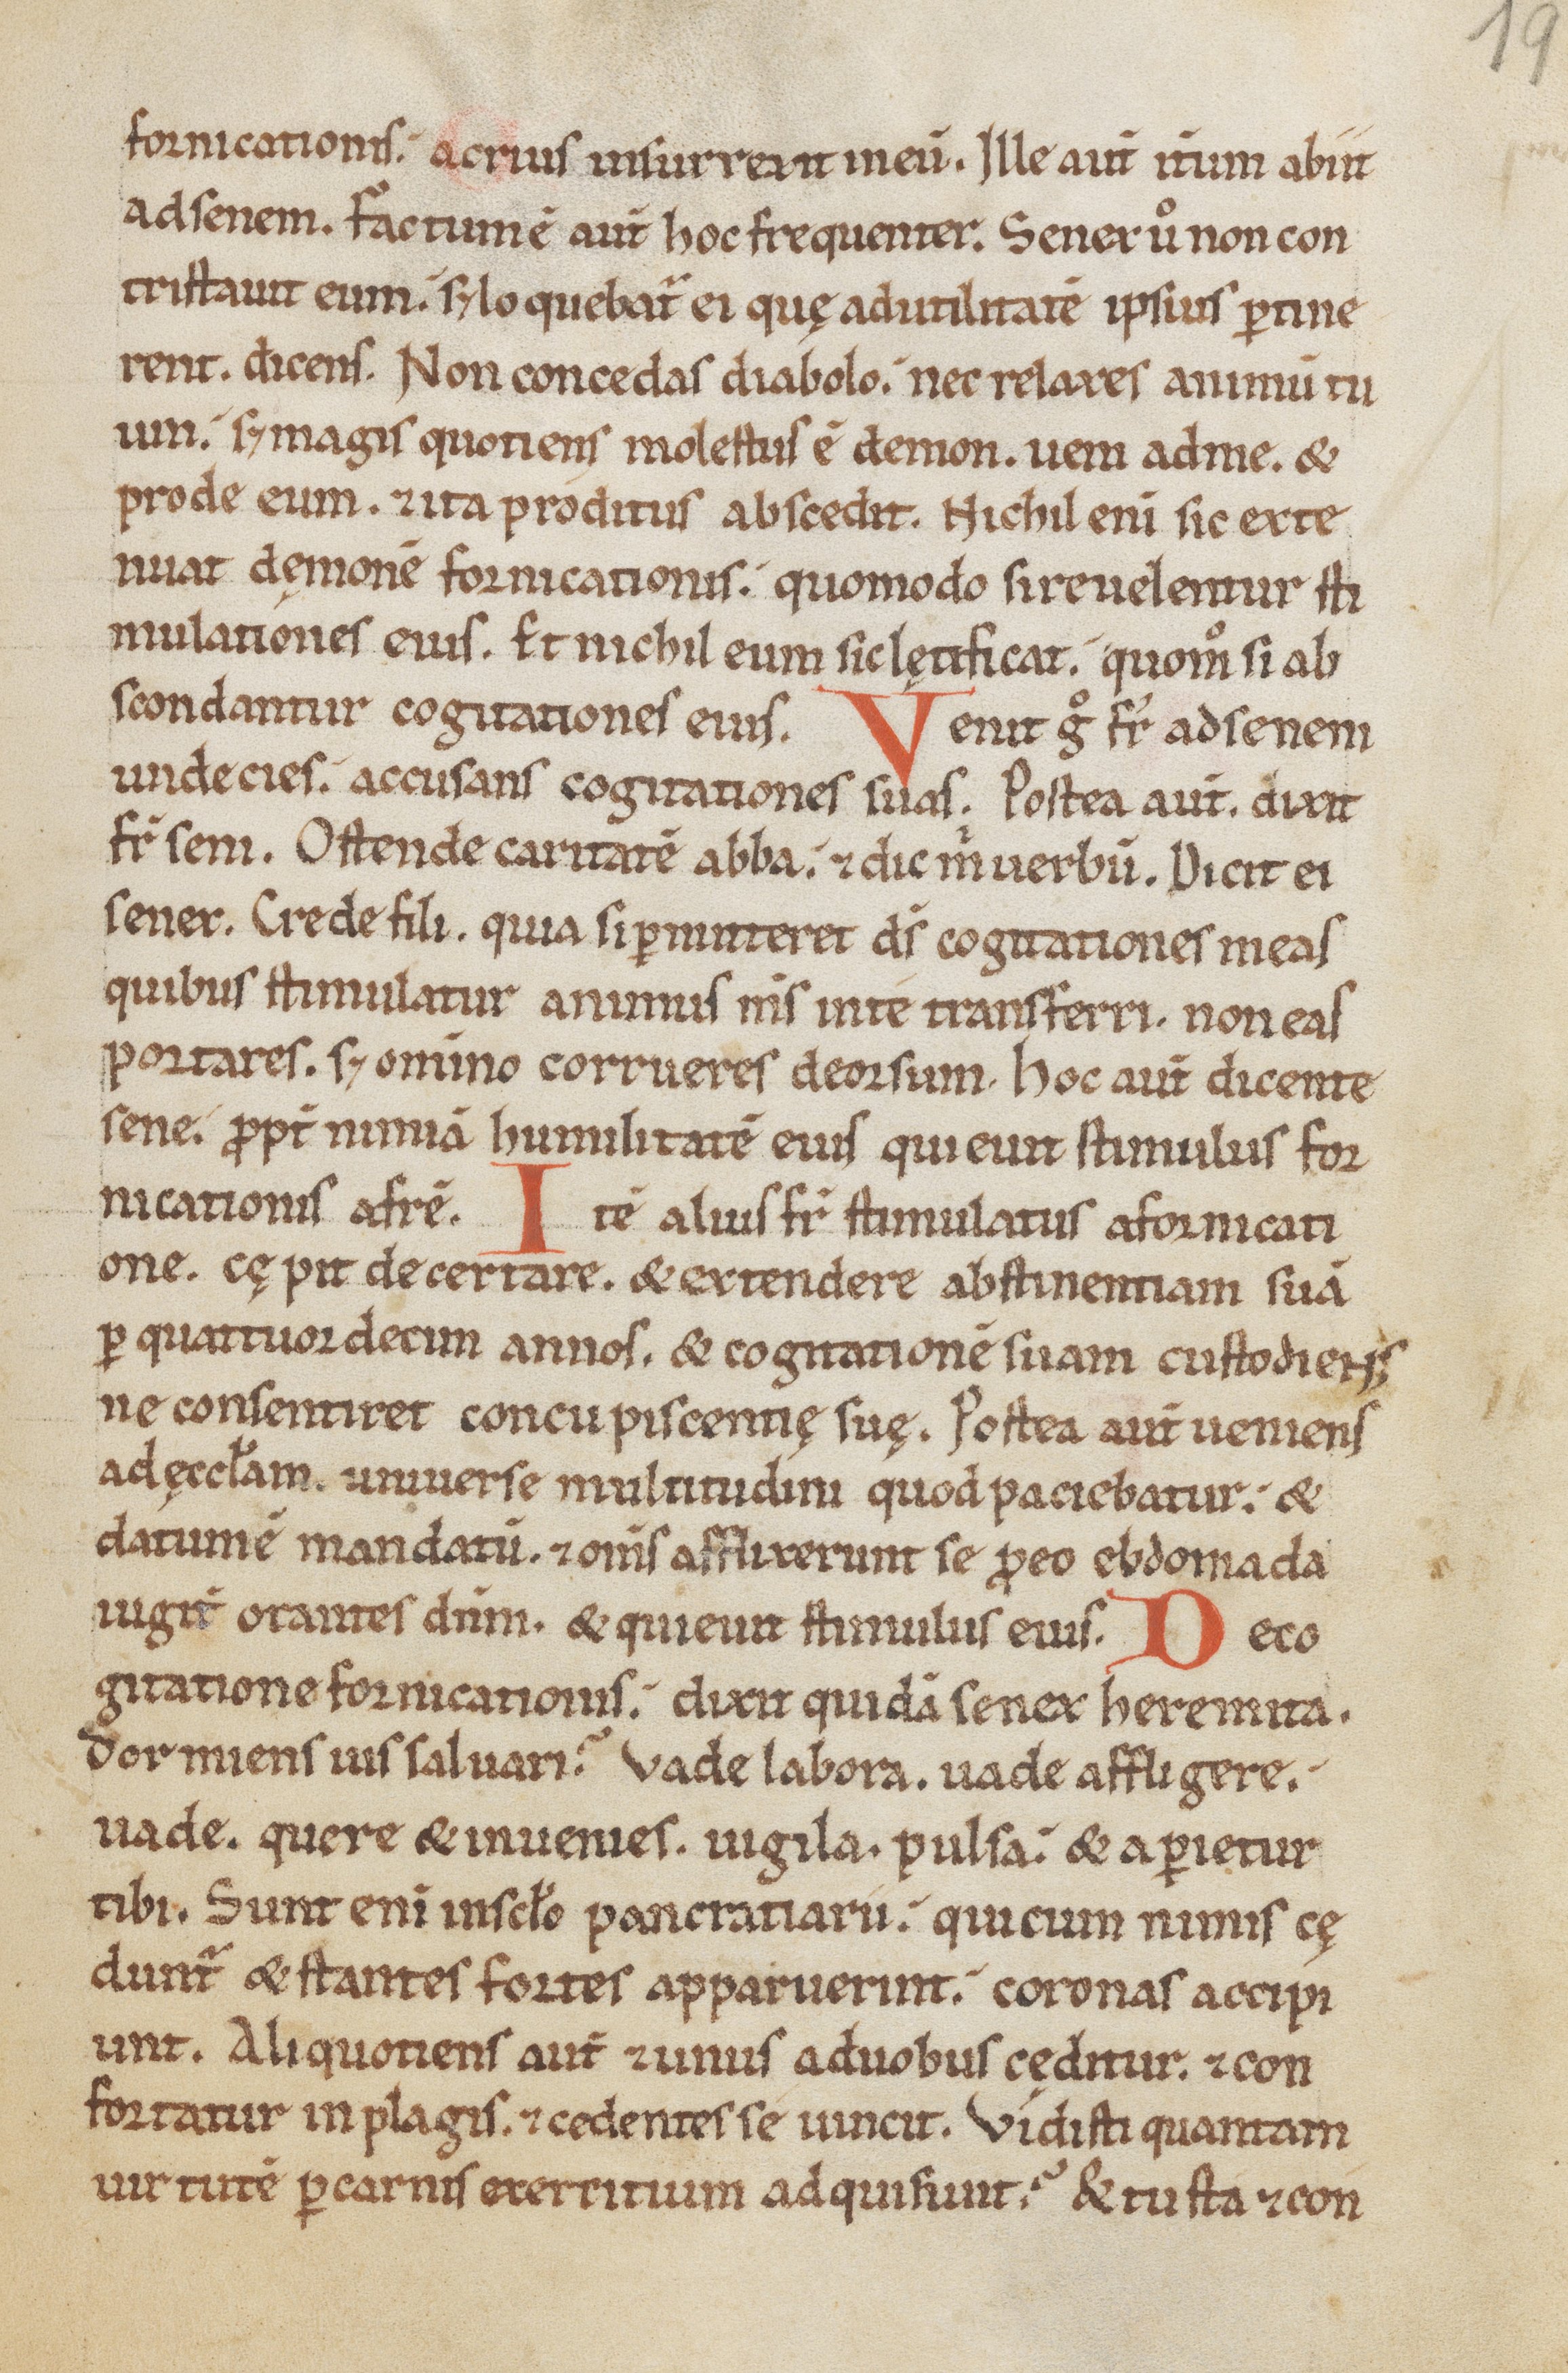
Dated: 1150–1199